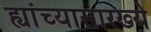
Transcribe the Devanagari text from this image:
ह्यांच्यासारख्ये